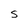
Character: S